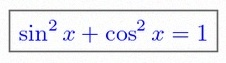
\sin^2x+\cos^2x=1